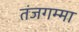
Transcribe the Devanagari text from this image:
तंजगम्मा